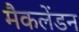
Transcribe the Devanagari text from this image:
मैकलेंडन